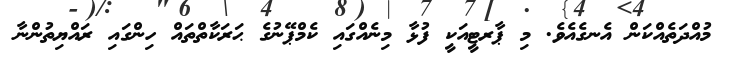
މުއްދަތެއްކަން އެނގެއެވެ. މި ޕާރޓީއަކީ ފުޅާ މިނެއްގައި ކެމްޕޭނުގެ ޙަރަކާތްތައް ހިންގައި ރައްޔިތުންނާ